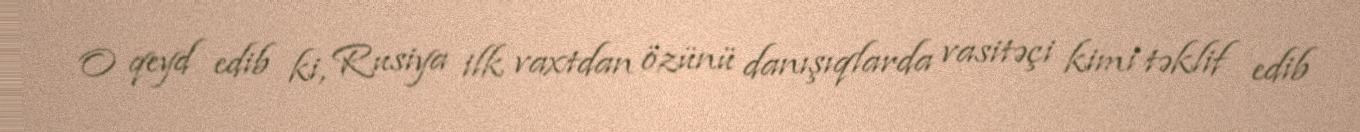
O qeyd edib ki, Rusiya ilk vaxtdan özünü danışıqlarda vasitəçi kimi təklif edib